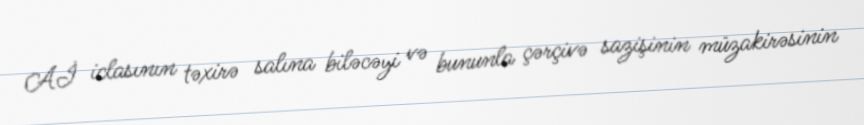
Aİ iclasının təxirə salına biləcəyi və bununla çərçivə sazişinin müzakirəsinin